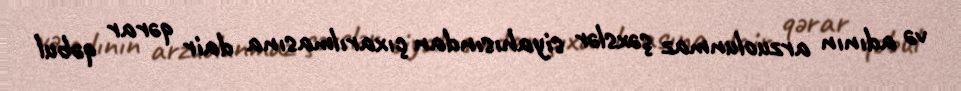
və adının arzuolunmaz şəxslər siyahısından çıxarılmasına dair qərar qəbul